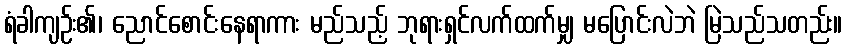
ရံခါကျဉ်း၏၊ ညောင်စောင်းနေရာကား မည်သည့် ဘုရားရှင်လက်ထက်မျှ မပြောင်းလဲဘဲ မြဲသည်သတည်း။